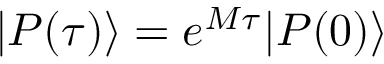
| P ( \tau ) \rangle = e ^ { M \tau } | P ( 0 ) \rangle